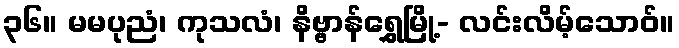
၃၆။ မမပုညံ၊ ကုသလံ၊ နိဗ္ဗာန်ရွှေမြို့- လင်းလိမ့်သောဝ်။